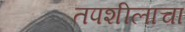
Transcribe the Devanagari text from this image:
तपशीलाचा